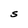
Character: S